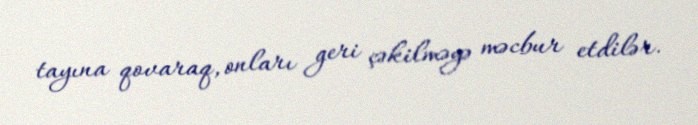
tayına qovaraq, onları geri çəkilməyə məcbur etdilər.